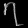
Digit: ၇